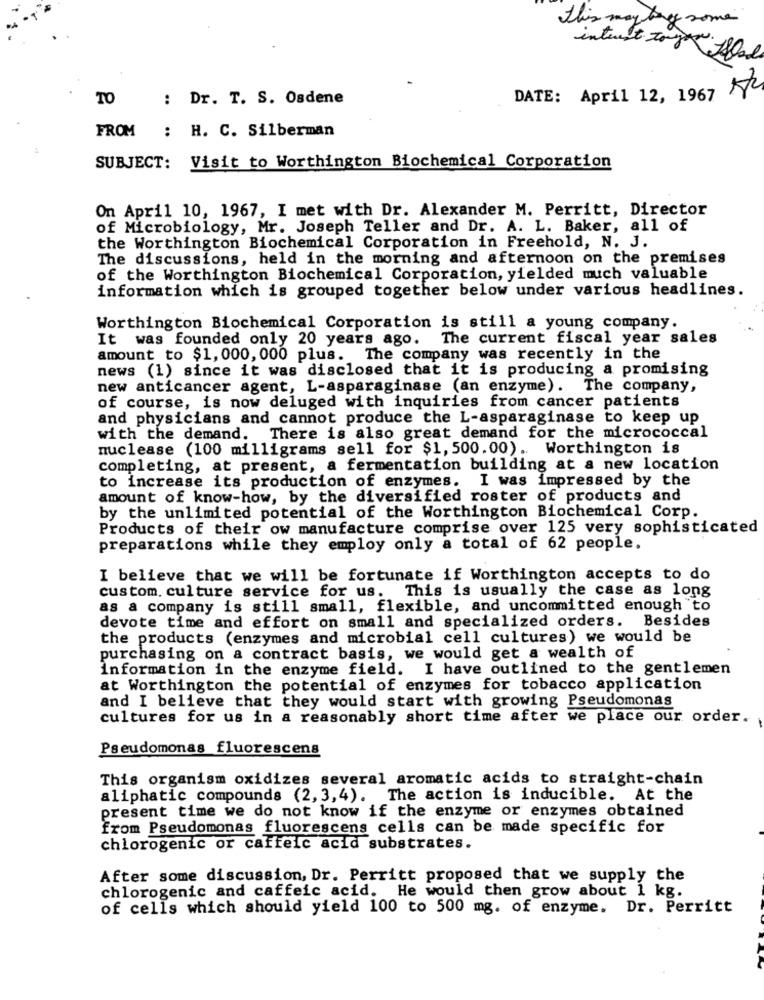
this may be some
intenst to you
TO
: Dr. T. S. Osdene
DATE: April 12, 1967
FROM
: H. C. Silberman
SUBJECT: Visit to Worthington Biochemical Corporation
On April 10, 1967, I met with Dr. Alexander M. Perritt, Director
of Microbiology, Mr. Joseph Teller and Dr. A. L. Baker, all of
the Worthington Biochemical Corporation in Freehold, N. J.
The discussions, held in the morning and afternoon on the premises
of the Worthington Biochemical Corporation, yielded much valuable
information which is grouped together below under various headlines.
Worthington Biochemical Corporation is still a young company.
It was founded only 20 years ago. The current fiscal year sales
amount to $1, 000, 000 plus. The company was recently in the
news (1) since it was disclosed that it is producing a promising
new anticancer agent, L-asparaginase (an enzyme). The company,
of course, is now deluged with inquiries from cancer patients
and physicians and cannot produce the L-asparaginase to keep up
with the demand. There is also great demand for the micrococcal
nuclease (100 milligrams sell for $1, 500.00). Worthington is
completing, at present, a fermentation building at a new location
to increase its production of enzymes. I was impressed by the
amount of know-how, by the diversified roster of products and
by the unlimited potential of the Worthington Biochemical Corp.
Products of their ow manufacture comprise over 125 very sophisticated
preparations while they employ only a total of 62 people.
I believe that we will be fortunate if Worthington accepts to do
custom. culture service for us. This is usually the case as long
as a company is still small, flexible, and uncommitted enough to
devote time and effort on small and specialized orders. Besides
the products (enzymes and microbial cell cultures) we would be
purchasing on a contract basis, we would get a wealth of
Information in the enzyme field. I have outlined to the gentlemen
at Worthington the potential of enzymes for tobacco application
and I believe that they would start with growing Pseudomonas
cultures for us in a reasonably short time after we place our order.
Pseudomonas fluorescens
This organism oxidizes several aromatic acids to straight-chain
aliphatic compounds (2, 3,4). The action is inducible. At the
present time we do not know if the enzyme or enzymes obtained
from Pseudomonas fluorescens cells can be made specific for
chlorogenic or caffeic acid substrates.
After some discussion, Dr. Perritt proposed that we supply the
chlorogenic and caffeic acid. He would then grow about 1 kg.
of cells which should yield 100 to 500 mg. of enzyme. Dr. Perritt